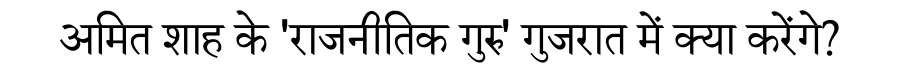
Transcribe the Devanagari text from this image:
अमित शाह के 'राजनीतिक गुरु' गुजरात में क्या करेंगे?